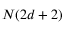
N ( 2 d + 2 )